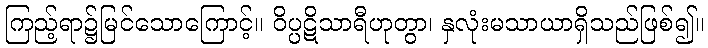
ကြည့်ရာ၌မြင်သောကြောင့်။ ဝိပ္ပဋိသာရီဟုတွာ၊ နှလုံးမသာယာရှိသည်ဖြစ်၍။